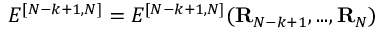
E ^ { [ { { N } - { k } + 1 } , { { N } } ] } = E ^ { [ { { N } - { k } + 1 } , { { N } } ] } ( { \bf R } _ { N - k + 1 } , . . . , { \bf R } _ { N } )